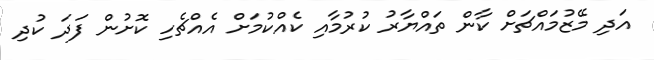
އަދި މޭޒުމައްޗަށް ކާން ތައްޔާރު ކުރުމާއި ކެއްކުމަށް އެއްޗެހި ކޮށުން ފަދަ ކުދި